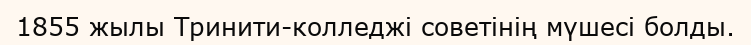
1855 жылы Тринити-колледжі советінің мүшесі болды.